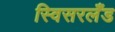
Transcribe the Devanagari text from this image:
स्विसरलँड